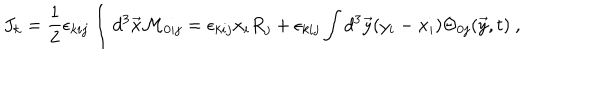
LaTeX: J _ { k } = { \frac { 1 } { 2 } } \epsilon _ { k i j } \int d ^ { 3 } \vec { x } { \cal M } _ { 0 i j } = \epsilon _ { k i j } x _ { i } R _ { j } + \epsilon _ { k i j } \int d ^ { 3 } \vec { y } ( y _ { i } - x _ { i } ) \Theta _ { 0 j } ( \vec { y } , t ) ~ ,